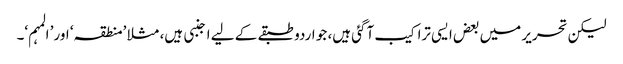
لیکن تحریر میں بعض ایسی تراکیب آگئی ہیں، جو اردو طبقے کے لیے اجنبی ہیں، مثلا ’منطقہ‘ اور’ المہم‘۔